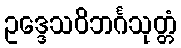
ဥဒ္ဒေသဝိဘင်္ဂသုတ္တံ